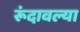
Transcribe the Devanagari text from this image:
रूंदावल्या